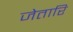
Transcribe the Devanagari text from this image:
जेतारि